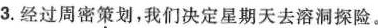
3.经过周密\underset{·}{策}划，我们决定星期天去溶洞探险。